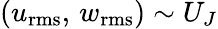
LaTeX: (u_{\mathrm{rms}},\, w_{\mathrm{rms}})\sim U_{J}